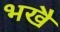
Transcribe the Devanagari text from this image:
भखै